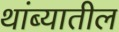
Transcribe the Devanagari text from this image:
थांब्यातील